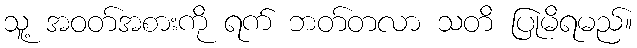
သူ့ အဝတ်အစားကို ရက် ဘတ်တလာ သတိ ပြုမိရမည်။